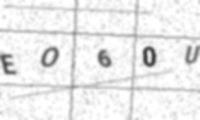
Text: EO60U